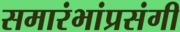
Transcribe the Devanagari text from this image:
समारंभांप्रसंगी